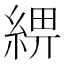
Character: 綥